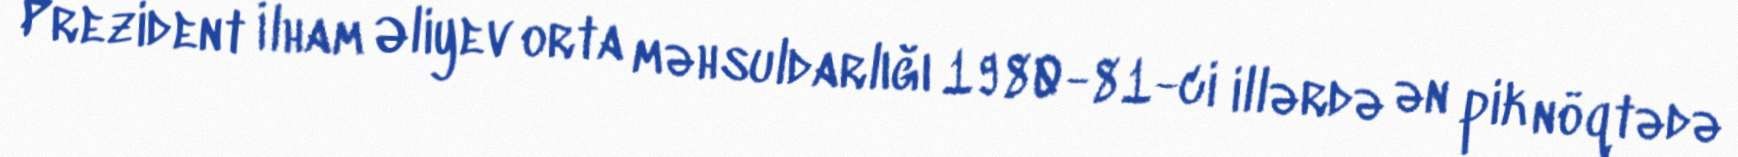
Prezident İlham Əliyev orta məhsuldarlığı 1980-81-ci illərdə ən pik nöqtədə